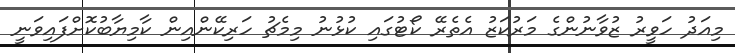
މިއަދު ހަވީރު ޒުވާނުންގެ މަރުކަޒު އެތެރޭ ކޯޓުގައި ކުޅުނު މިމެޗު ހަރިކޭންއިން ކާމިޔާބުކޮށްފައިވަނީ